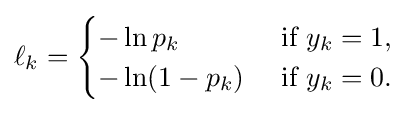
\ell _{k}={\begin{cases}-\ln p_{k}&{\text{ if }}y_{k}=1,\\-\ln(1-p_{k})&{\text{ if }}y_{k}=0.\end{cases}}